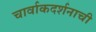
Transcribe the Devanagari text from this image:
चार्वाकदर्शनाची